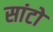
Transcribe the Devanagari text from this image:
सांटो